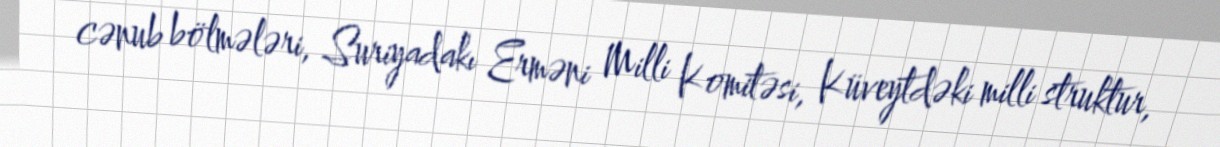
cənub bölmələri, Suriyadakı Erməni Milli Komitəsi, Küveytdəki milli struktur,